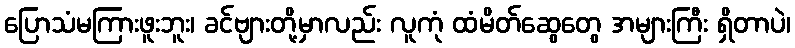
ပြောသံမကြားဖူးဘူး၊ ခင်ဗျားတို့မှာလည်း လူကုံ ထံမိတ်ဆွေတွေ အများကြီး ရှိတာပဲ၊